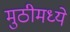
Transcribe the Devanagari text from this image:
मुठीमध्ये